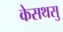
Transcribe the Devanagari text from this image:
केसथसु